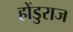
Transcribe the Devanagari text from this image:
होंडुराज